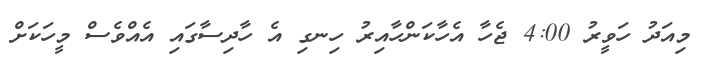
މިއަދު ހަވީރު 4:00 ޖެހާ އެހާކަންހާއިރު ހިނގި އެ ހާދިސާގައި އެއްވެސް މީހަކަށް